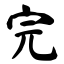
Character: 完